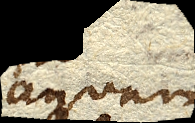
aquam